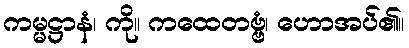
ကမ္မဋ္ဌာနံ၊ ကို။ ကထေတဗ္ဗံ၊ ဟောအပ်၏။